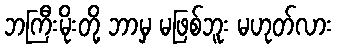
ဘကြီးမိုးတို့ ဘာမှ မဖြစ်ဘူး မဟုတ်လား